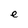
Character: e